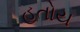
હતોય